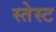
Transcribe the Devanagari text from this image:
स्तेस्ट